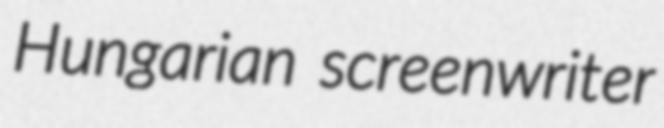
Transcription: Hungarian screenwriter